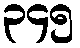
၃၄၅